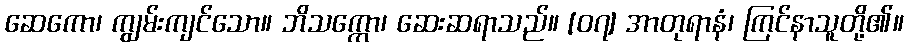
ဆေကော၊ ကျွမ်းကျင်သော။ ဘိသက္ကော၊ ဆေးဆရာသည်။ [၀၇] အာတုရာနံ၊ ကြင်နာသူတို့၏။